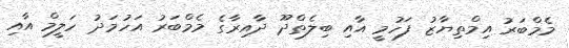
މެމްބަރު އިމްތިޔާޒު ފަހުމީ އާއި ބިލެތްދޫ ދާއިރާގެ މެމްބަރު އަހުމަދު ހަލީމް އާއި